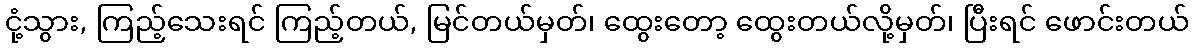
ငုံ့သွား, ကြည့်သေးရင် ကြည့်တယ်, မြင်တယ်မှတ်၊ ထွေးတော့ ထွေးတယ်လို့မှတ်၊ ပြီးရင် ဖောင်းတယ်